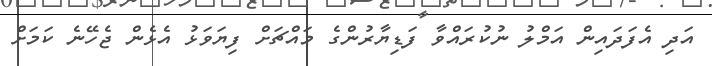
އަދި އެފަދައިން އަމްލު ނުކުރައްވާ ފަޑިޔާރުންގެ މައްޗަށް ފިޔަވަޅު އެޅެން ޖެހޭނެ ކަމަށް